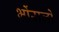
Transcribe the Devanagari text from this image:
भोंसलों